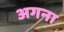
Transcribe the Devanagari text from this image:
अगना